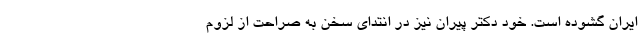
ایران گشوده است. خود دکتر پیران نیز در انتدای سخن به صراحت از لزوم